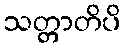
သတ္တာတိပိ